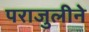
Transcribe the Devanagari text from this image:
पराजुलीने